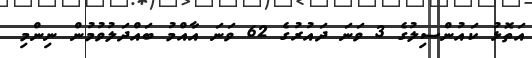
އަތޮޅު ކައުންސިލުގެ 3 ވަނަ ދައުރުގެ 62 ވަނަ އާއްމު ބައްދަލުވުމުން ނިންމި